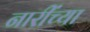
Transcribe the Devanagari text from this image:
नारींच्या